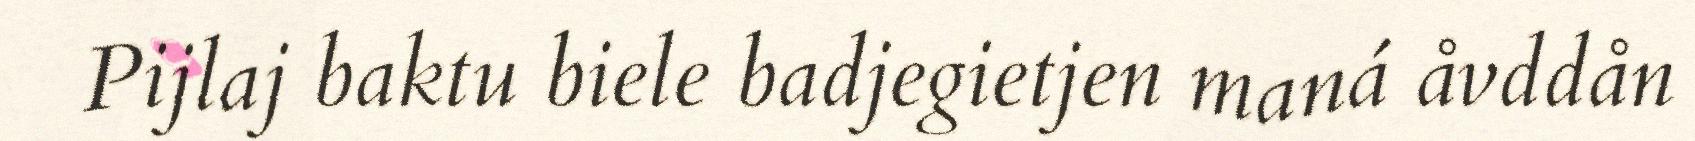
Pijlaj baktu biele badjegietjen maná åvddån